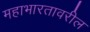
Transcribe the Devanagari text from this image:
महाभारतावरील